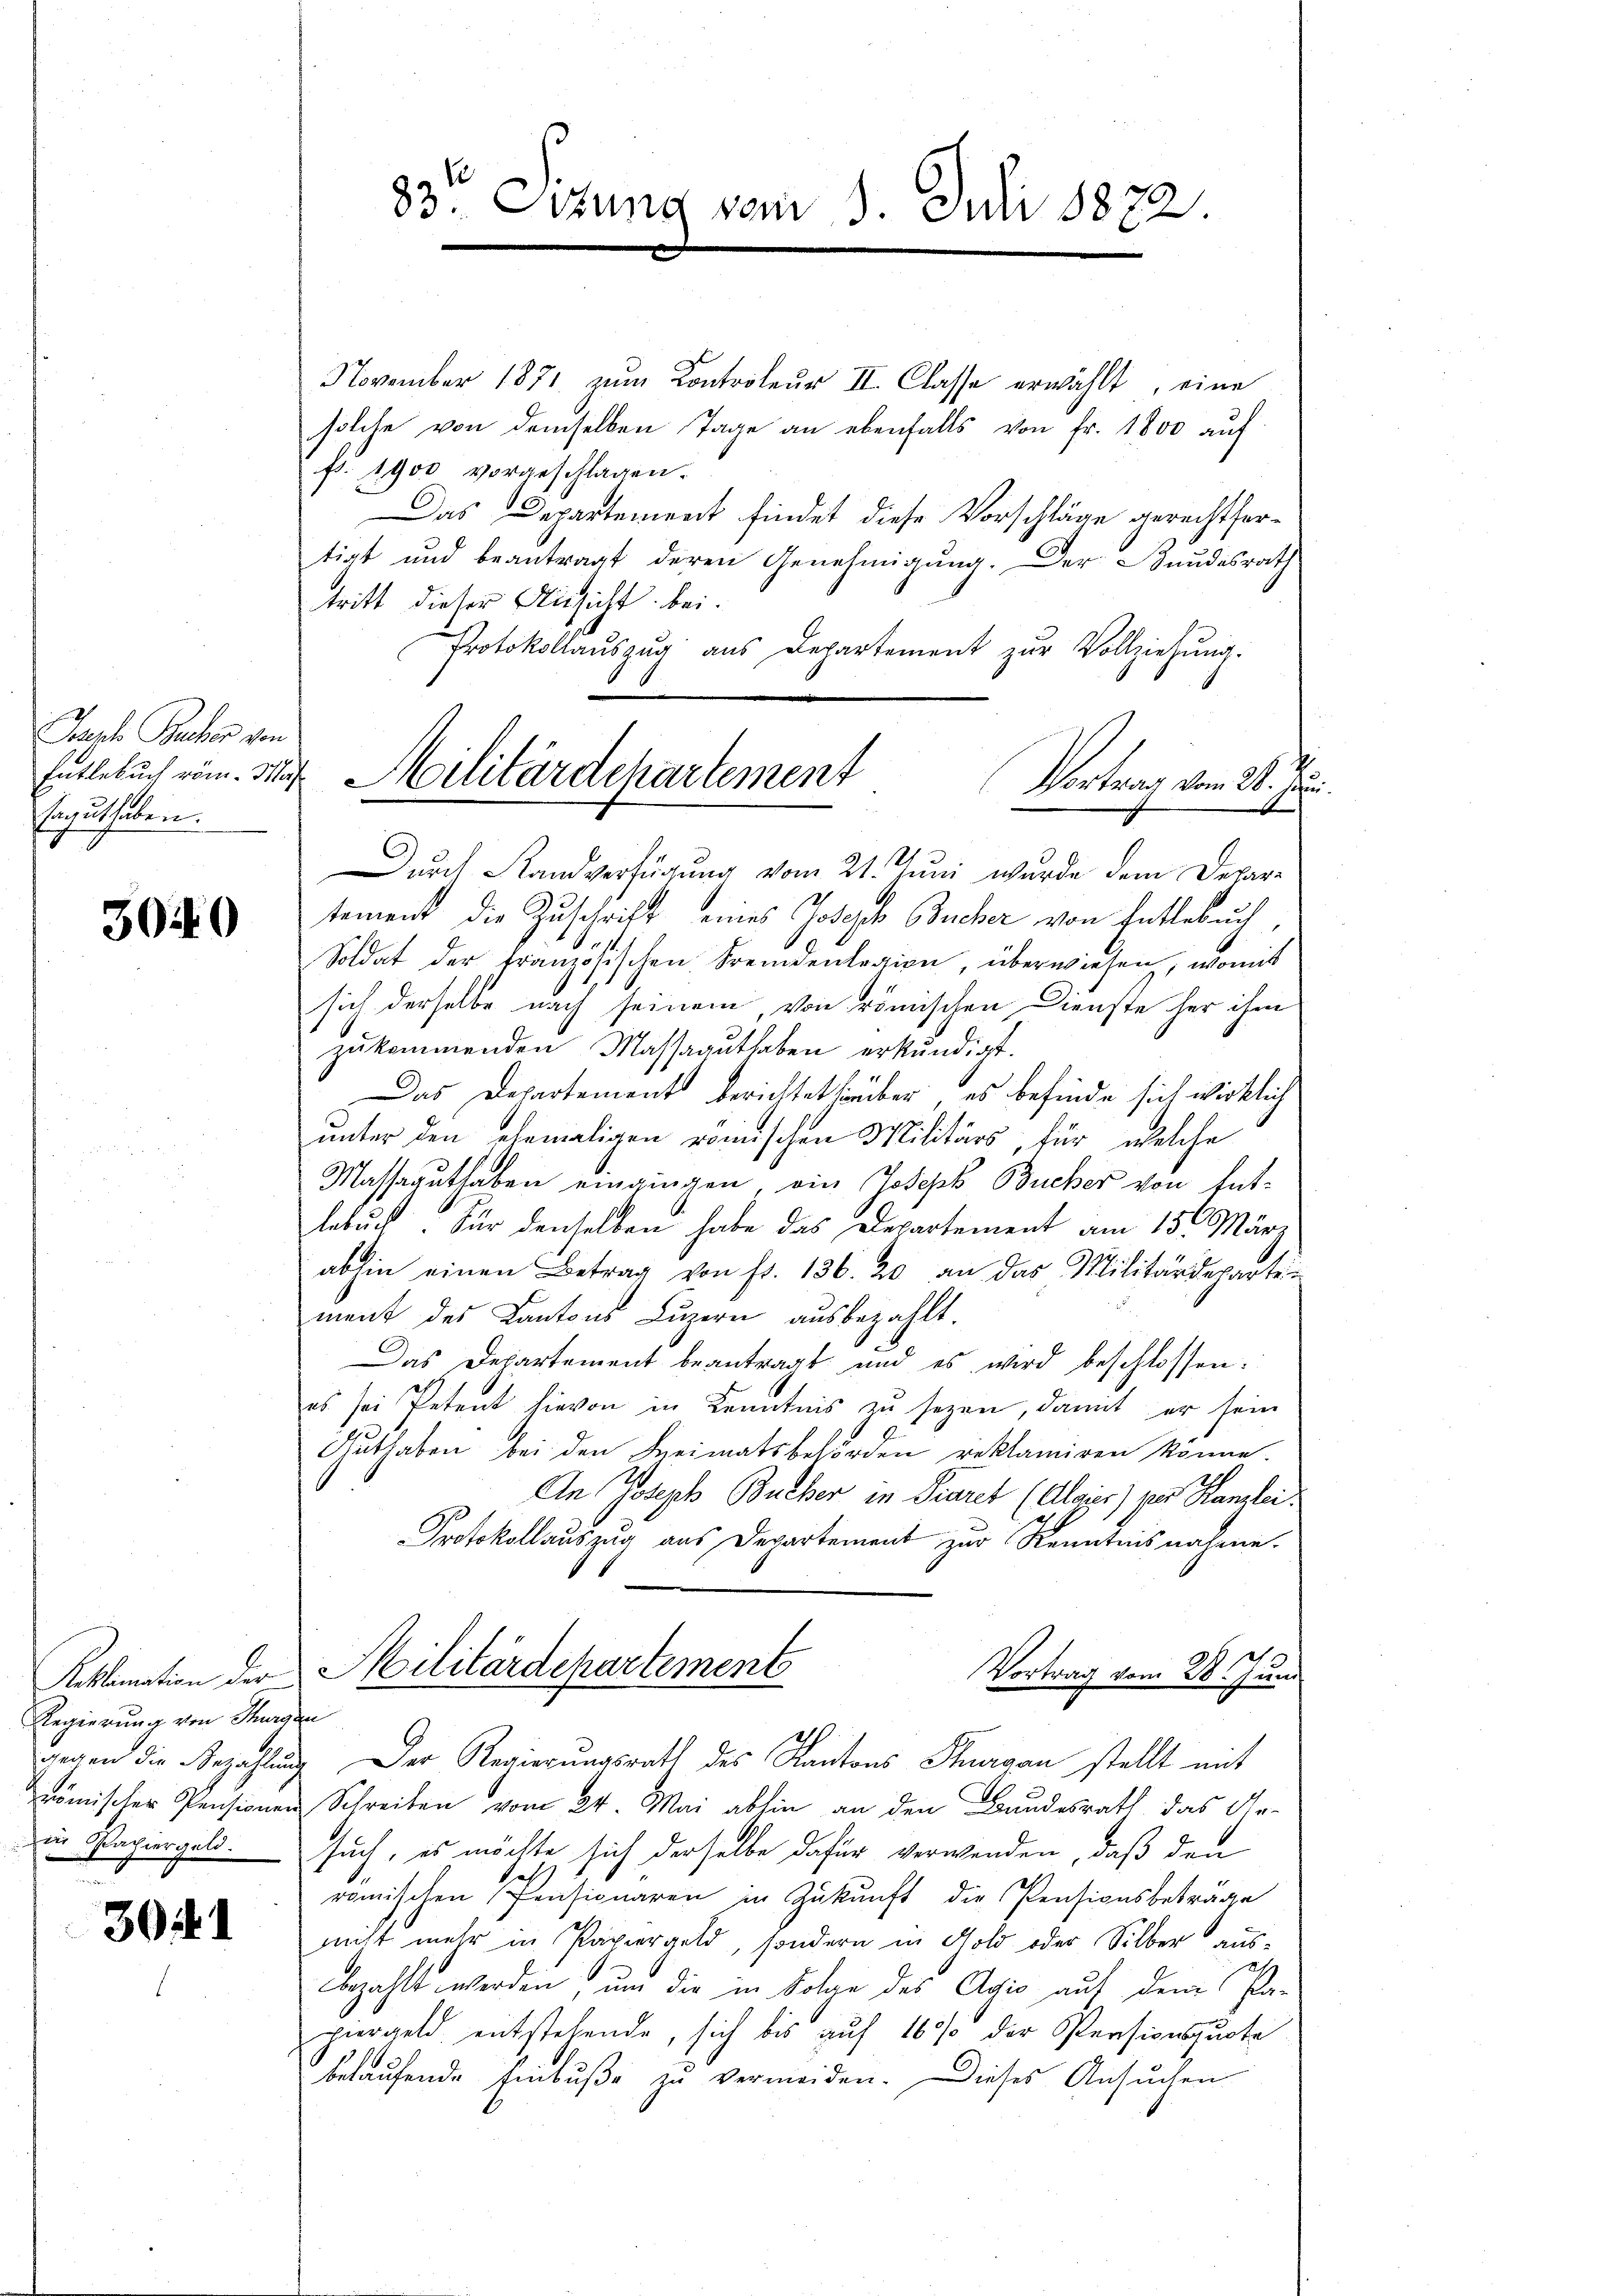
Japh Bucher von
Erguthaben.

3040

Regierung von Thurgau
gegen die Bezahlung
in Papiergeld.

3041

83te Sitzung vom 1. Juli 1872.

November 1871 zum Controleur II. Classe erwählt, eine
solche von demselben Tage an ebenfalls von fr. 1800 aŭf
fr. 1900 vorgeschlagen.
Das Departement findet diese Vorschläge gerechtfertigt und beantragt deren Genehmigung. Der Bundesrath
tritt dieser Ansicht bei.
Protokollauszug aus Departement zur Vollziehung.
Vortrag vom 20. Ju
Durch Standverfügung vom 21. Juni wurde dem Departement die Zuschrift eines Joseph Bucher von Entlebuch,
Soldat der französischen Fremdenlegion, überwiesen, womit
sich derselbe nach seinem, von römischen Dienste her ihm
zukommenden Massaguthaben erkundigt.
Das Departement berichtet hierüber, es befinde sich wirklich
unter den ehemaligen römischen Militärs, für welche
Massaguthaben eingingen, ein Joseph Bucher von Entlebuch. Für denselben habe das Departement am 15. März
abhin einen Betrag von fr. 136. 20 an das Militärdeparten
ment des Kantons Luzern ausbezahlt.
Das Departement beantragt und es wird beschlossen:
es sei Petent hievon in Kenntnis zu sezen, damit er sein
Guthaben bei den Kreimatsbehörden reklamiren könne.
An Joseph Bucher in Diares (Alaier) vor Kanzlei
Protokollauszug aus Departement zur Kenntnisnahme.
Reklamation der Militärdepartements
Vortrag vom 28. Juni
Der Regierungsrath des Kantons Thurgau stellt mit
römischer Pensionen Schreiben vom 24. Mai abhin an den Bundesrath das Ar-
such, es möchte sich derselbe dafür verwenden, daß den
romischen Pensionaren in Zukunft die Pensionsbeträge
nicht mehr in Papiergeld, sondern in Gold oder Silber aus-
bezahlt werden, um die in Folge des Agio auf dem Papiergeld entstehende, sich bis auf 160% der Persionsquote
belaufende Einbuße zu vermeiden. Dieses Ansuchen

Entlebuch vom 31. Militärdchartement